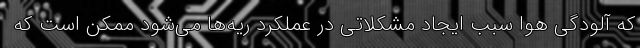
که آلودگی هوا سبب ایجاد مشکلاتی در عملکرد ریه‌ها می‌شود ممکن است که